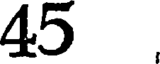
45